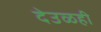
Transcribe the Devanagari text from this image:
देउळही